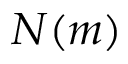
N ( m )